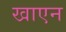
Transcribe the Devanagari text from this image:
खाएन